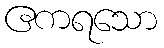
ဧကရသော